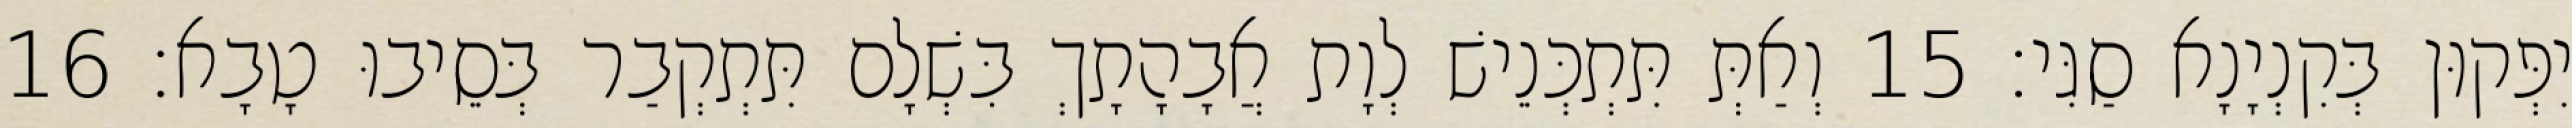
יִפְּקוּן בְּקִנְיָנָא סַגִּי׃ 15 וְאַתְּ תִּתְכְּנֵישׁ לְוָת אֲבָהָתָךְ בִּשְׁלָם תִּתְקְבַר בְּסֵיבוּ טָבָא׃ 16